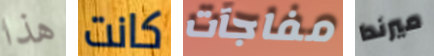
هذا كانت مفاجآت ميرندا